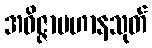
အဝိဇ္ဇာပဟာနသုတ်